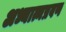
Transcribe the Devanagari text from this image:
अध्यात्मप्रवण